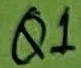
Text: Q1